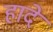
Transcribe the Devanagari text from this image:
हादे